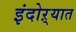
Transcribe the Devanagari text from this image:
इंदोऱ्यात